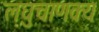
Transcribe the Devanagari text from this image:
लघुचाणक्य